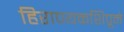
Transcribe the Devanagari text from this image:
हिराण्यकशिपूने